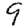
Digit: 9